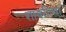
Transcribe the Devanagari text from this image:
शायरीच्या